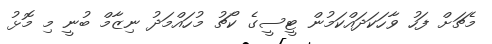
މެޗަށް ފަހު ވާހަކަދައްކަމުން ޓީސީގެ ކޯޗު މުހައްމަދު ނިޒާމް ބުނީ މި މޮޅު